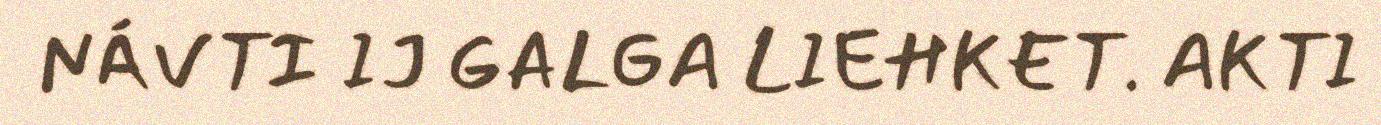
NÁVTI IJ GALGA LIEHKET. AKTI